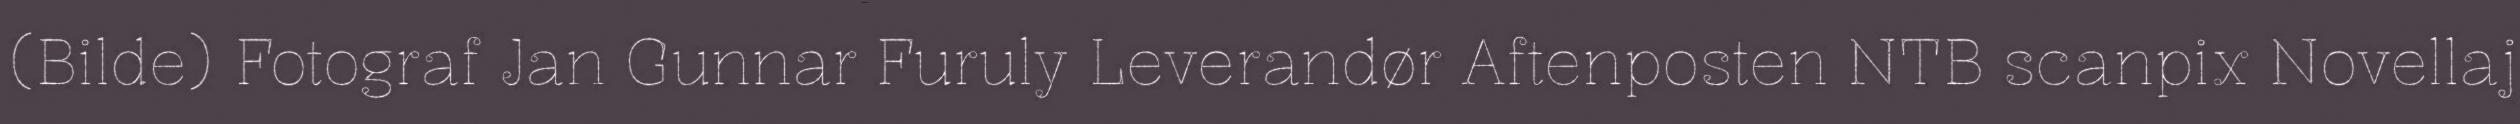
(Bilde) Fotograf Jan Gunnar Furuly Leverandør Aftenposten NTB scanpix Novellaj